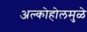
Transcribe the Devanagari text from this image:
अल्कोहोलमुळे